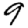
Digit: 9